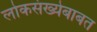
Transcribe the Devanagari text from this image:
लोकसंख्येबाबत